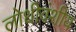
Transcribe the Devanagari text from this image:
लोधीवंशीय